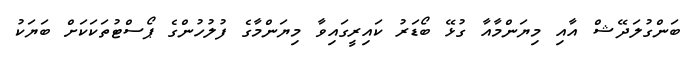
ބަންގުލަދޭޝް އާއި މިޔަންމާއާ ގުޅޭ ބޯޑަރު ކައިރީގައިވާ މިޔަންމާގެ ފުލުހުންގެ ޕޯސްޓުތަކަކަށް ބަޔަކު